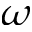
\omega